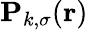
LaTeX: \mathbf{P}_{k,\sigma}(\boldsymbol{\textbf{r}})